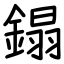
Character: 鎉